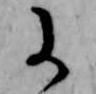
に